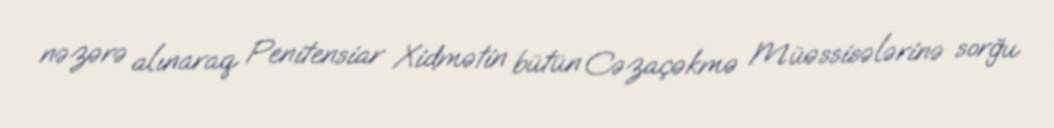
nəzərə alınaraq Penitensiar Xidmətin bütün Cəzaçəkmə Müəssisələrinə sorğu